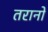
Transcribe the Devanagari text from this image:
तरानो